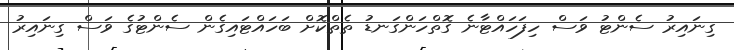
ގިނައިރު ސެންޓު ވަސް ހިފަހައްޓާނެ ގޮތްހަންގަނޑު ތެތްކޮށް ބަހައްޓައިގެން ސެންޓުގެ ވަސް ގިނައިރު